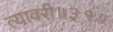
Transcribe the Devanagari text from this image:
त्यावरी॥३१॥